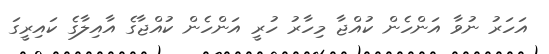
އަހަރު ނުވާ އަންހެން ކުއްޖާ މިހާރު ހުރީ އަންހެން ކުއްޖާގެ އާއިލާގެ ކައިރީގަ